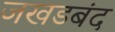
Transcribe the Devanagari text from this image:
जखडबंद